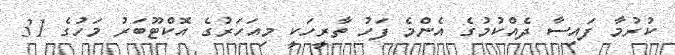
ކުރުމާ ފައިސާ ދެއްކުމުގެ އެންމެ ފަހު ތާރީހަކީ މިއަހަރުގެ އޮކްޓޫބަރު މަހުގެ 31